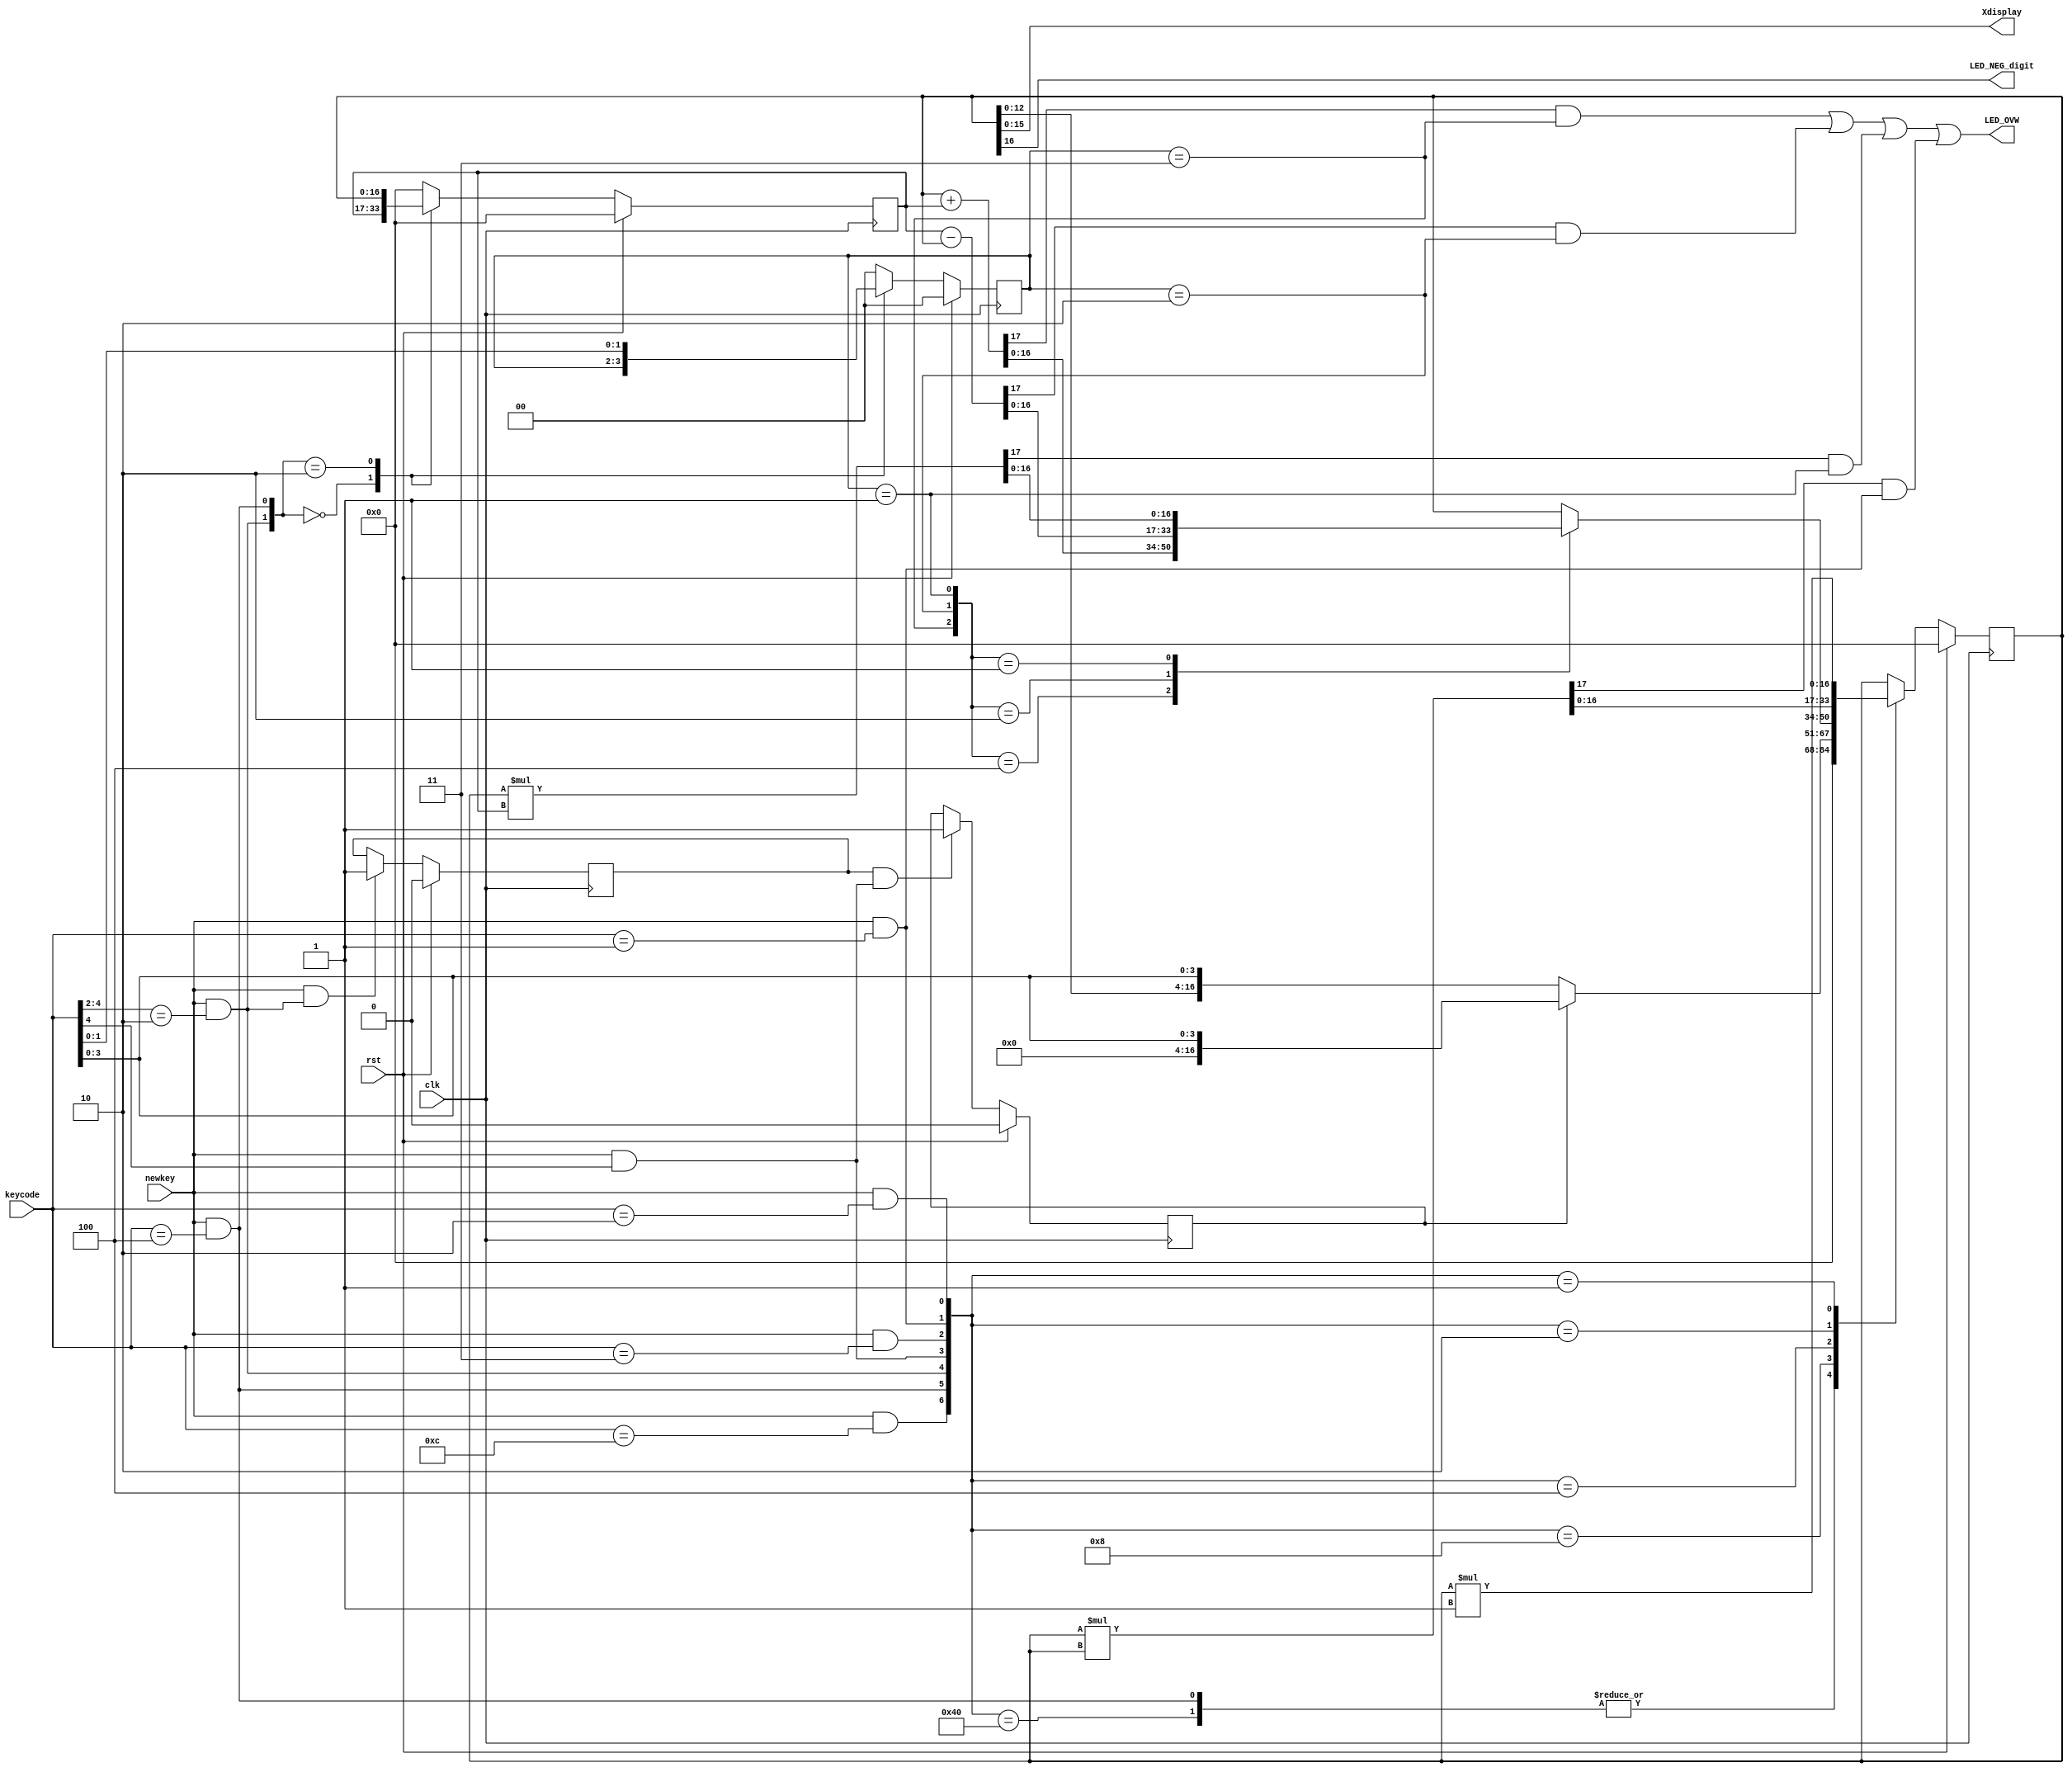
`timescale 1ns / 1ps
//////////////////////////////////////////////////////////////////////////////////
// Company: University College Dublin
// 
// Design Name: 
// Module Name: myCalc
// Project Name: LAST LAB WAHOO
// Target Devices: XC7A100TCSG324-1
// Tool Versions: 
// Description: 
// 
// Dependencies: 
// 
// Revision:
// Revision 0.01 - File Created
// Additional Comments:
// 
//////////////////////////////////////////////////////////////////////////////////


module myCalc(
    input clk,
    input rst,
    input [4:0] keycode,
    input newkey,
    output [15:0] Xdisplay,
    output LED_NEG_digit,
    output LED_OVW
    );
    
    //MAPPING KEYS
    localparam[4:0] KEY_CE = 5'b01100,
                    KEY_CA = 5'b00100,
                    KEY_MULTI = 5'b01001,
                    KEY_SUB = 5'b01010,
                    KEY_ADD = 5'b01011,
                    KEY_SQR = 5'b00001,
                    KEY_CH_SIGN = 5'b00010,
                    KEY_EQUALS = 5'b00011;
                    
    
    //reg signals
    reg signed [16:0] X, nextX, Y, nextY, ANS;
    reg [1:0] OP, nextOP;
    reg XCONTROL, LASTkey;;
    
    //CONTROL SIGNALS
    wire ADD = (OP == KEY_ADD [1:0]);
    wire SUB = (OP == KEY_SUB [1:0]);
    wire MULTI = (OP == KEY_MULTI [1:0]);        
    wire OP_T2 = (newkey && (keycode[4:2] == 3'b010) );
    wire CA = (newkey && (keycode == 5'b00100) );             
    wire CE = (newkey && (keycode == 5'b01100) );
    wire digit = (newkey && (keycode[4] == 1'b1) );
    wire EQUALS = (newkey && (keycode == 5'b00011) );
    wire SQR = (newkey && (keycode == 5'b00001) );
    wire CH_SIGN = (newkey && (keycode == 5'b00010) );
    wire [6:0] CONTROL = {CE, CA, OP_T2, digit, EQUALS, SQR, CH_SIGN};
    
    
    //OPERATIONS
    wire signed [16:0] ANS_ADD, ANS_MULTI, ANS_SUB, ANS_SQR, ANS_CH_SIGN;
    wire OVW_ADD, OVW_SUB, OVW_MULTI, OVW_SQR;
    
    assign {OVW_ADD, ANS_ADD} = X+Y;
    assign {OVW_SUB, ANS_SUB} = Y-X;
    assign {OVW_MULTI, ANS_MULTI} = X*Y;
    assign {OVW_SQR, ANS_SQR} = X*X;
    assign ANS_CH_SIGN = X*-1;
    
    assign OVW = ( (OVW_ADD && ADD)||(OVW_SUB && SUB)||(OVW_MULTI && MULTI)||(OVW_SQR && SQR) );
    assign Xdisplay = X[15:0];
    assign LED_NEG_digit = X[16]; //negative light
    assign LED_OVW = OVW; 
    
    //INPUTCONTROL MULTIPLEXER
//    always @ (OP_T2)
//    case(OP_T2)
//        1'b1: LASTkey = 1'b1;
//        1'b0: LASTkey = 1'b0;
//    endcase   
    //INPUTCONTROL
    always @ (posedge clk)
    begin
        if(rst) XCONTROL <= 1'b0;
        else if(newkey&&OP_T2) XCONTROL <= 1'b1; 
    end

    always @ (posedge clk)
    begin
        if(rst) LASTkey <= 1'b0;
        else if(XCONTROL&&digit) LASTkey <= 1'b1; 
    end    
    //MULTIPLEXER ANS
    always @ (ADD, MULTI, SUB, ANS_ADD, ANS_MULTI, ANS_SUB, X)
        case({ADD, SUB, MULTI})
            3'b100: ANS = ANS_ADD;
            3'b010: ANS = ANS_SUB;
            3'b001: ANS = ANS_MULTI;
            default: ANS = X;
        endcase   
    
    //MULTIPLEXER NEXTX
    always @ (CONTROL, X, keycode, ANS, ANS_SQR, ANS_CH_SIGN)
        casez(CONTROL)
            7'b1000000: nextX = 17'b0;
            7'b?1?????: nextX = 17'b0;
            7'b0010000: nextX = X;//17'b0;//X;
            7'b0001000: nextX = (LASTkey)?{13'b0, keycode[3:0]}:{X[12:0], keycode[3:0]};//{X[12:0], keycode[3:0]};
            7'b0000100: nextX = ANS;
            7'b0000010: nextX = ANS_SQR;
            7'b0000001: nextX = ANS_CH_SIGN;
            default: nextX = X;
        endcase
        
    //regX
    always @ (posedge clk)
    begin
        if(rst) X <= 17'b0;
        else X <= nextX;
    end
    
    //Multiplexer for Next Y
    always @ (OP_T2, CA, Y, X)
        case({OP_T2, CA})
            2'b00: nextY = Y;
            2'b10: nextY = X;
            default: nextY = 16'b0;
        endcase
        
    //REG Y
    always @ (posedge clk)
      begin
          if(rst) Y <= 17'b0;
          else Y <= nextY;
      end

    //Multiplexer for nextOP
    always @ (OP_T2, CA, keycode, OP)
        case({OP_T2, CA})
            2'b00: nextOP = OP;
            2'b10: nextOP = keycode[1:0];
            default: nextOP = 2'b0;
        endcase
        
    //REG OP
    always @ (posedge clk)
      begin
          if(rst) OP <= 2'b0;
          else OP <= nextOP;
      end
      
      
    endmodule